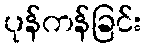
ပုန်ကန်ခြင်း